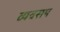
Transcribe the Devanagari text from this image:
व्यवसय